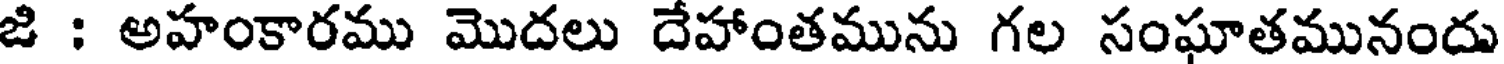
జి : అహంకారము మొదలు దేహాంతమును గల సంఘాతమునందు